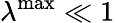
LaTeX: \lambda^{\operatorname*{max}}\ll 1